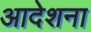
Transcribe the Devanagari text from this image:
आदेशना